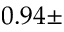
0 . 9 4 \pm